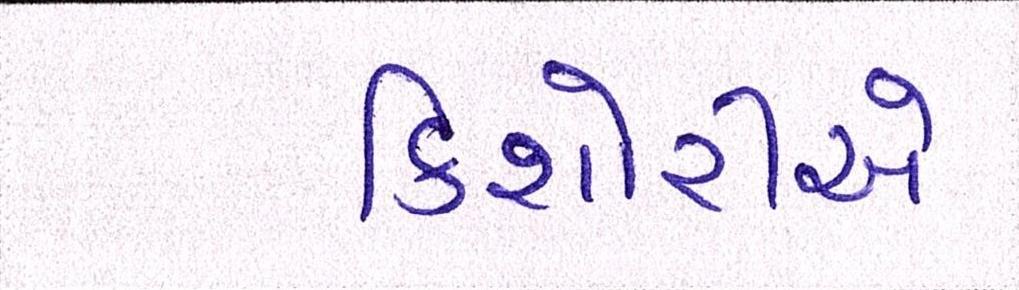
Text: કિશોરીએ